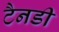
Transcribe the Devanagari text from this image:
टैनडी